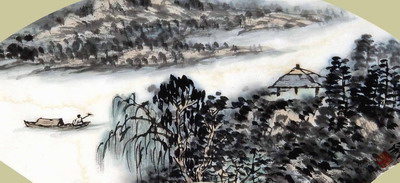
不似当时，小桥冲雨，幽恨两人知。